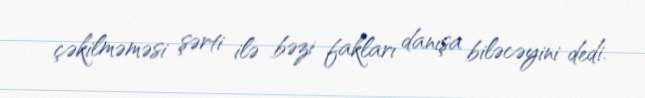
çəkilməməsi şərti ilə bəzi fakları danışa biləcəyini dedi.